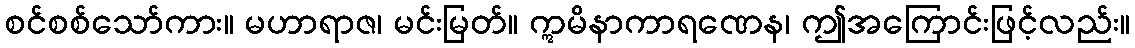
စင်စစ်သော်ကား။ မဟာရာဇ၊ မင်းမြတ်။ ဣမိနာကာရဏေန၊ ဤအကြောင်းဖြင့်လည်း။